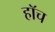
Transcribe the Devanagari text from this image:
हाॅच